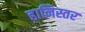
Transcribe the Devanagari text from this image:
हानिस्तर